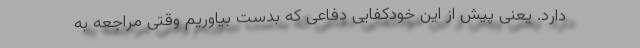
دارد. یعنی پیش از این خودکفایی دفاعی که بدست بیاوریم وقتی مراجعه به